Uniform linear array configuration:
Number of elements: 24
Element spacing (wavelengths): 0.75
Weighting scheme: hann
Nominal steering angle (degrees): -45
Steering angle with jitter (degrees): -44.918
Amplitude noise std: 0.05
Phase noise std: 0.05

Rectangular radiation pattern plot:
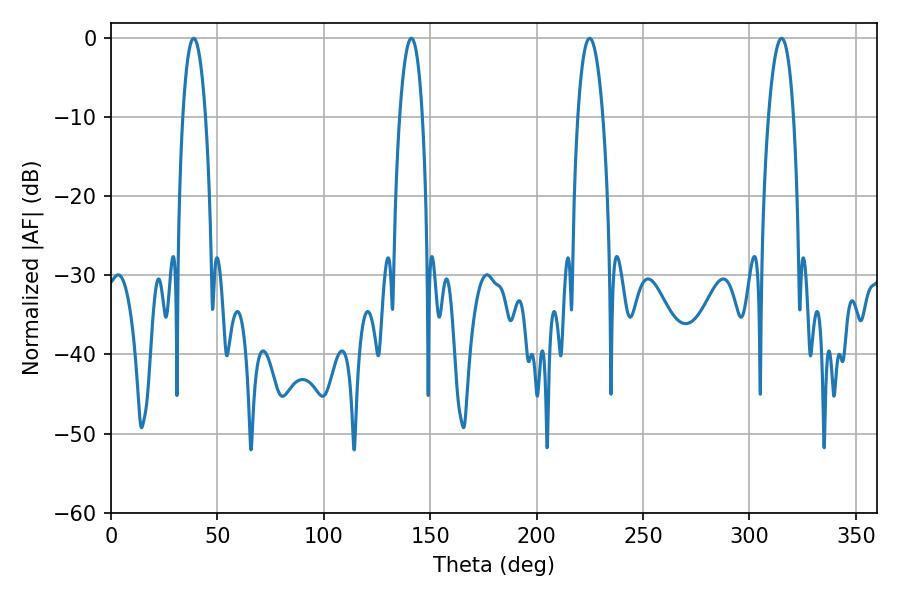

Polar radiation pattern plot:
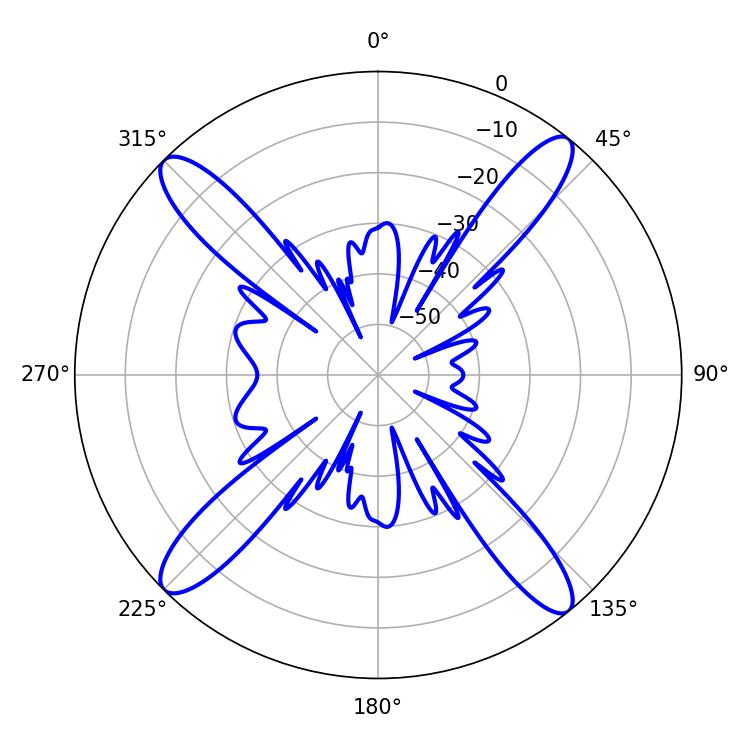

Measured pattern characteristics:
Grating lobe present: TRUE
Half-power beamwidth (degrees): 5.94
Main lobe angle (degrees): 38.88